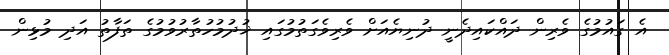
އެ ގައުމުގެ ވެރިން ދައްކައިދެނީ ދުނިޔެއަށް ވެރިވެގަތުމުގައި ޚުދުމުހުތާރުވުމުގެ ތަފާތު އަދި މުޅިން